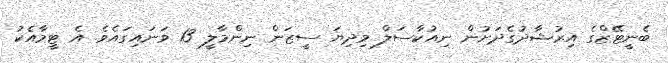
ބެނީޓޭޒްގެ އިރުޝާދުގެދަށުން ނިއުކާސަލް މިދިޔަ ސީޒަން ނިންމާލީ 13 ވަނައިގައެވެ. އެ ޓީމާއެކު